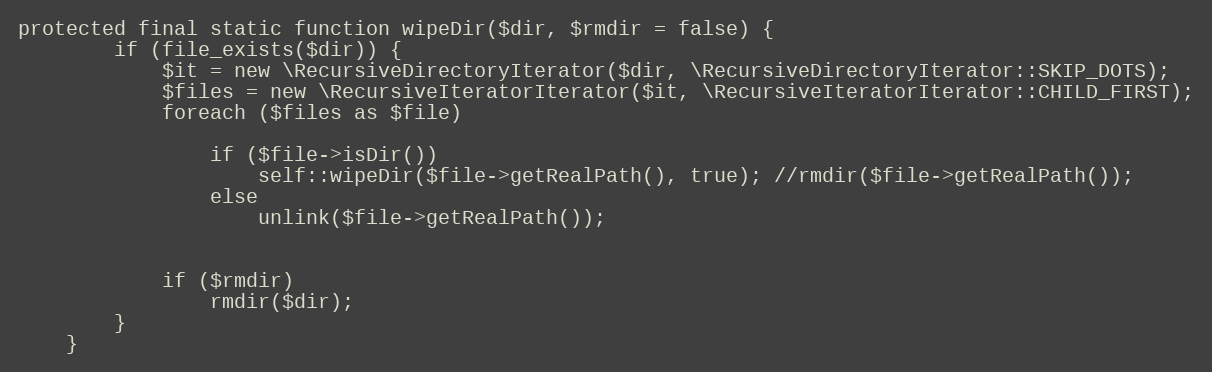
Language: PHP
protected final static function wipeDir($dir, $rmdir = false) {
		if (file_exists($dir)) {
			$it = new \RecursiveDirectoryIterator($dir, \RecursiveDirectoryIterator::SKIP_DOTS);
			$files = new \RecursiveIteratorIterator($it, \RecursiveIteratorIterator::CHILD_FIRST);
			foreach ($files as $file)

				if ($file->isDir())
					self::wipeDir($file->getRealPath(), true); //rmdir($file->getRealPath());
				else
					unlink($file->getRealPath());

			if ($rmdir)
				rmdir($dir);
		}
	}